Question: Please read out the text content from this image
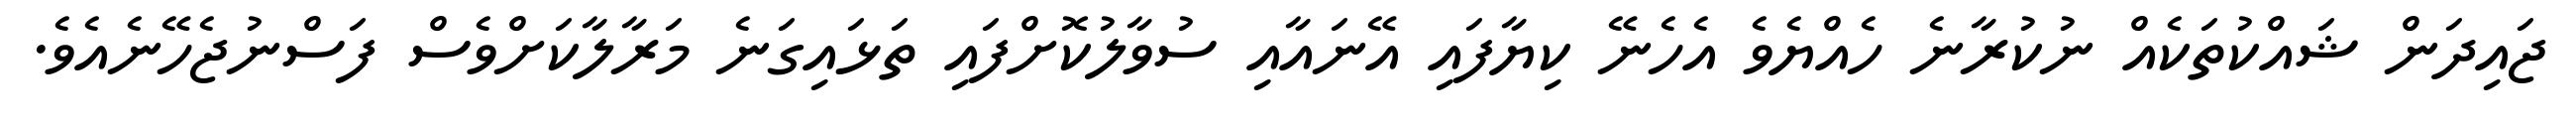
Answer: ޖައިދަން ޝައްކުތަކެއް ނުކުރާނެ ހެއްޔެވެ އެހެނޭ ކިޔާފައި އޭނައާއި ސުވާލުކޮށްފައި ތަޅައިގަނެ މަރާލާކަށްވެސް ފަސްނުޖެހޭނެއެވެ.